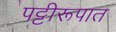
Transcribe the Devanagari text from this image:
पट्टीरूपात